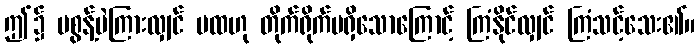
ဤ၌ မစွန့်ပဲကြားလျှင် မထဟု တိုက်ရိုက်မရှိသောကြောင့် ကြံနိုင်လျှင် ကြံသင့်သေး၏။